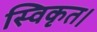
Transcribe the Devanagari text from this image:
स्विकृत।